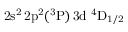
\mathrm { 2 s ^ { 2 } \, 2 p ^ { 2 } ( ^ { 3 } P ) \, 3 d ~ ^ { 4 } D _ { 1 / 2 } }